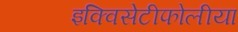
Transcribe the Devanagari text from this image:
इक्विसेटीफोलीया